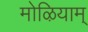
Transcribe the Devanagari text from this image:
मोऴियाम्